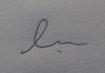
Signature authenticity: forged